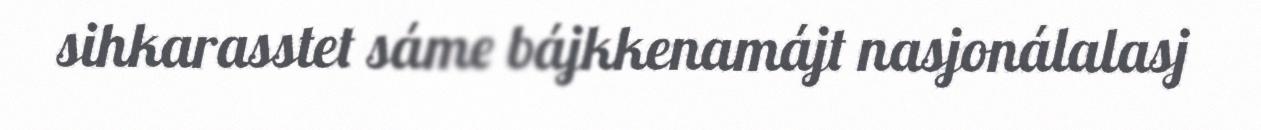
sihkarasstet sáme bájkkenamájt nasjonálalasj